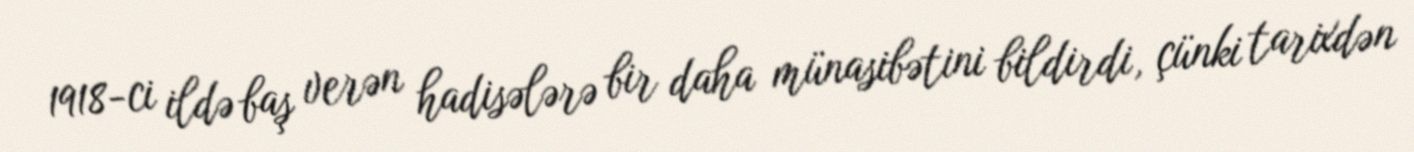
1918-ci ildə baş verən hadisələrə bir daha münasibətini bildirdi, çünki tarixdən